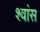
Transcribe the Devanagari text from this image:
श्‍वांस